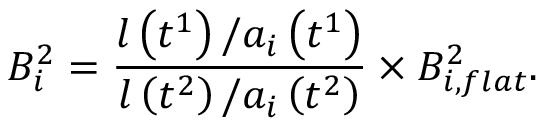
B _ { i } ^ { 2 } = \frac { l \left( t ^ { 1 } \right) / a _ { i } \left( t ^ { 1 } \right) } { l \left( t ^ { 2 } \right) / a _ { i } \left( t ^ { 2 } \right) } \times B _ { i , f l a t } ^ { 2 } .